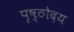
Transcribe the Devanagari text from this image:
पृष्ठोदय